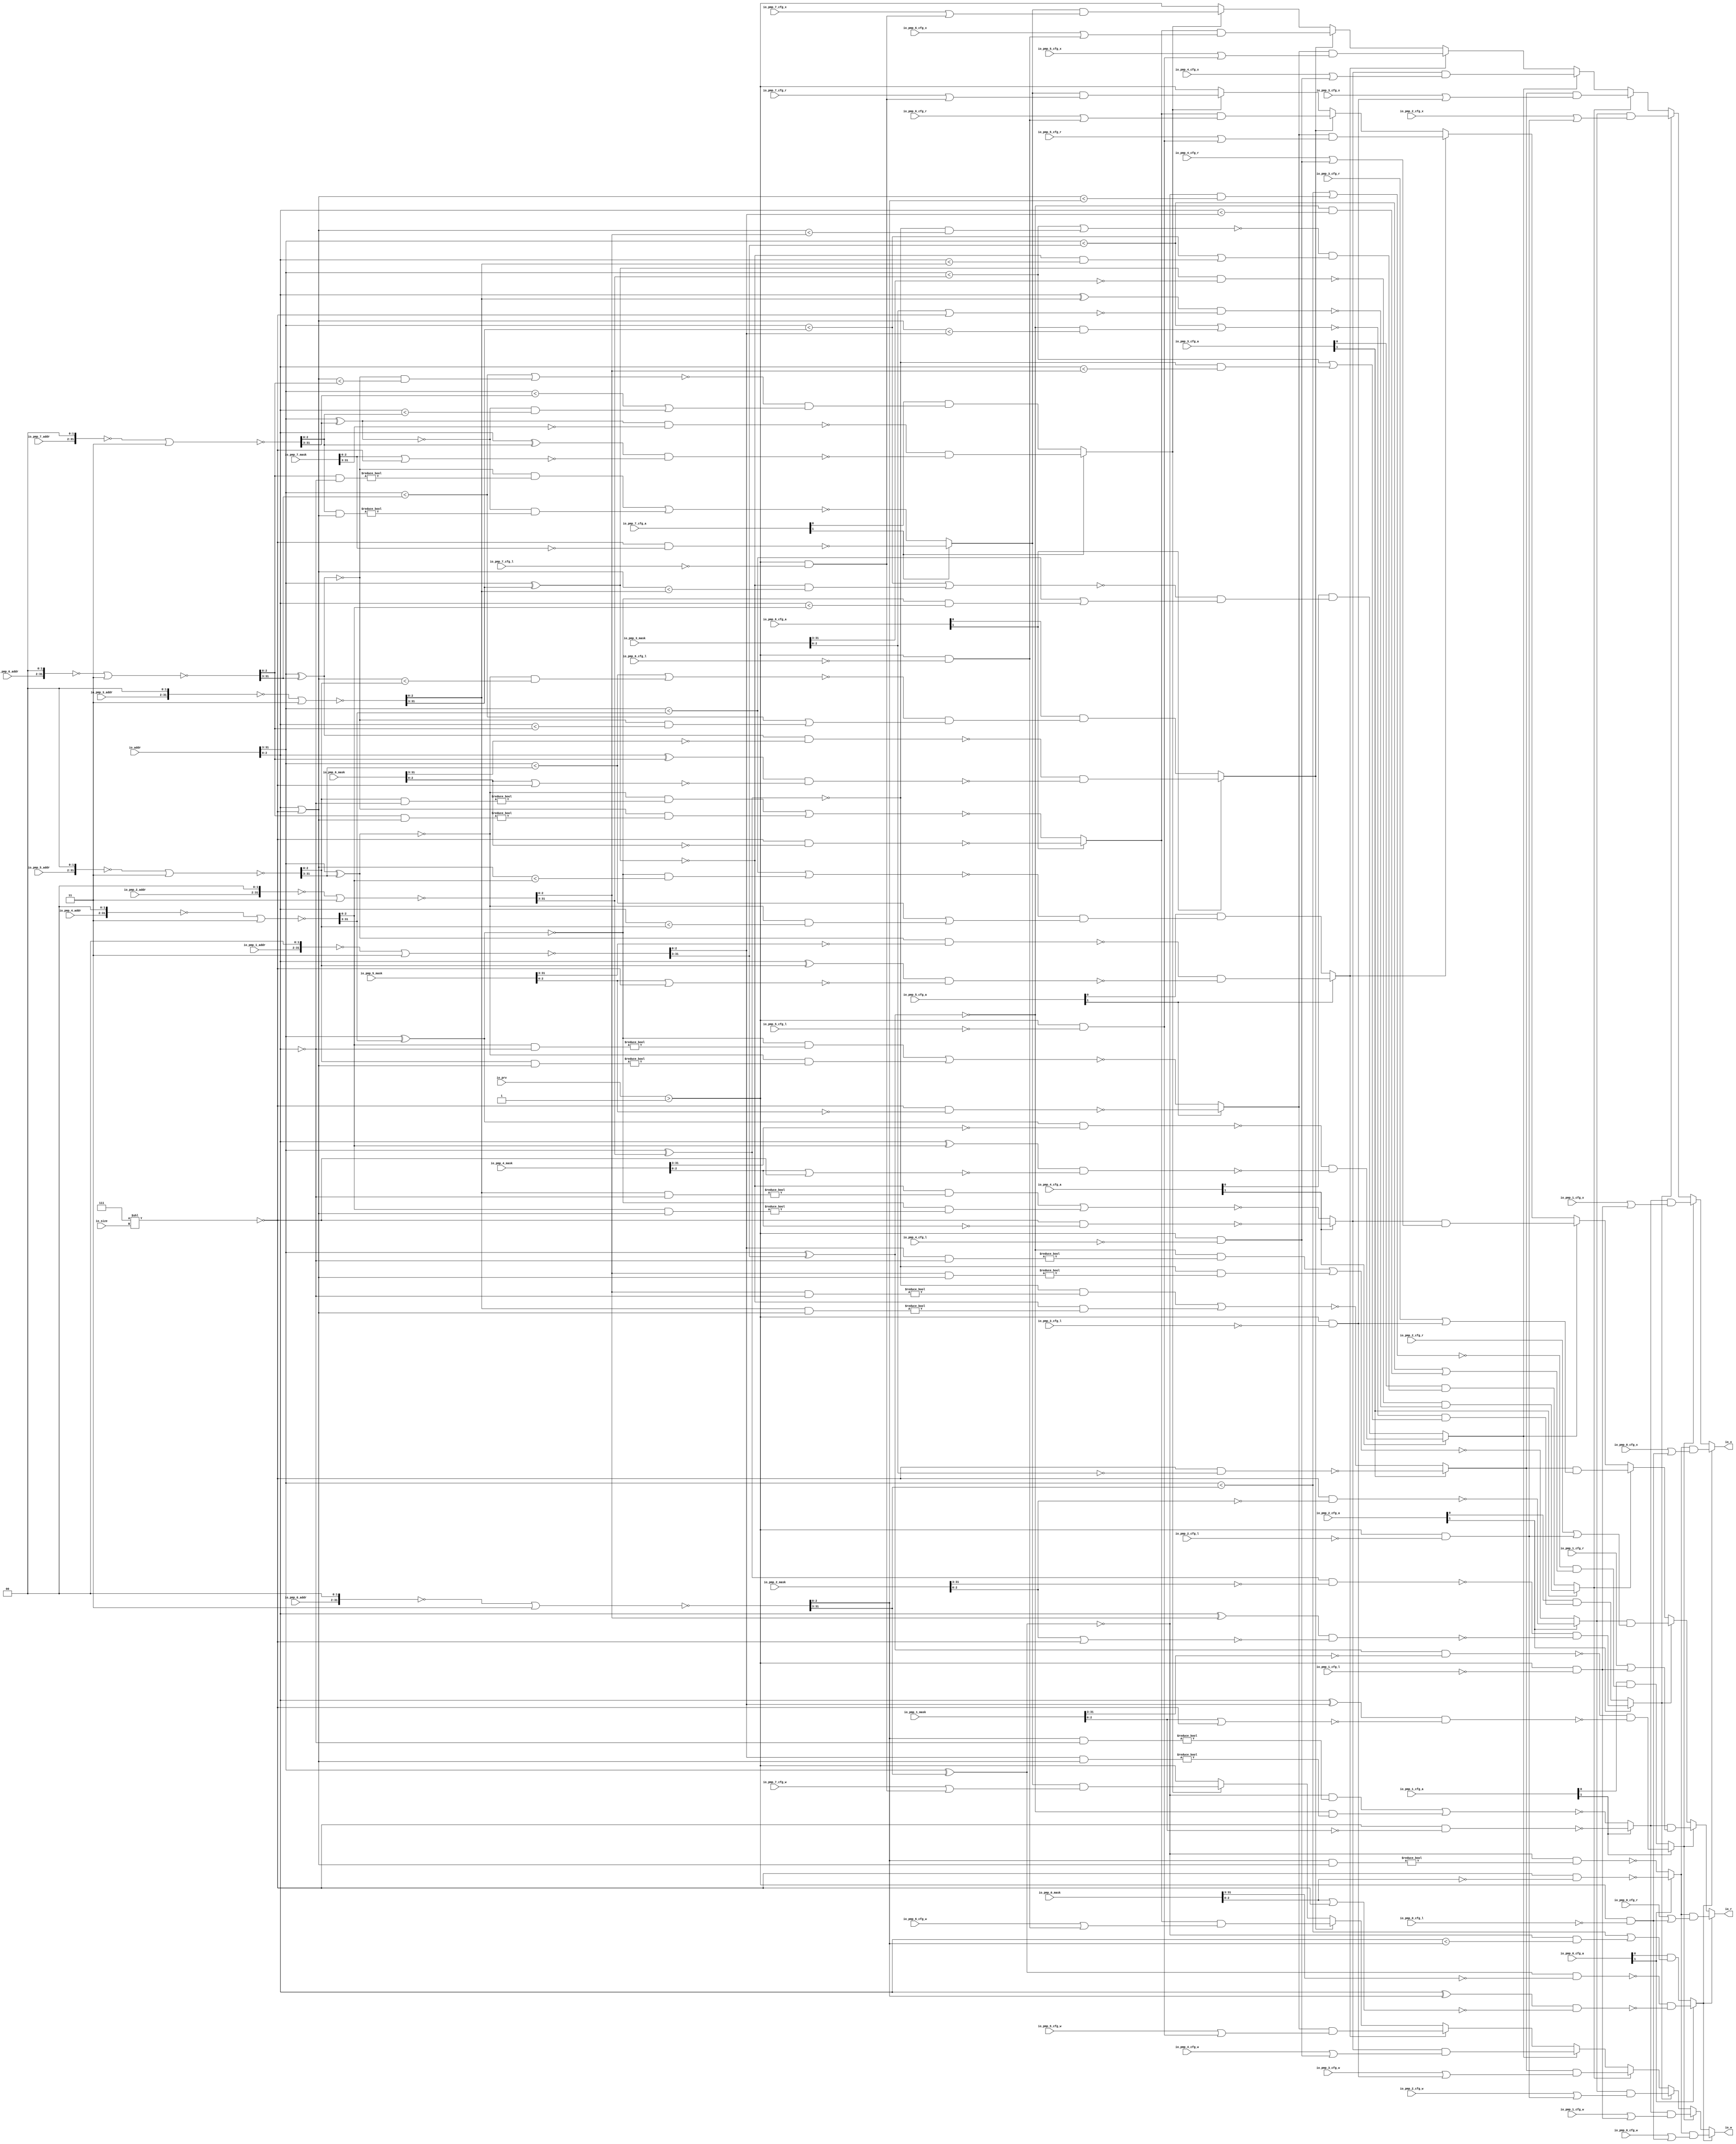
module PMPChecker(
  input  [1:0]  io_prv,
  input         io_pmp_0_cfg_l,
  input  [1:0]  io_pmp_0_cfg_a,
  input         io_pmp_0_cfg_x,
  input         io_pmp_0_cfg_w,
  input         io_pmp_0_cfg_r,
  input  [29:0] io_pmp_0_addr,
  input  [31:0] io_pmp_0_mask,
  input         io_pmp_1_cfg_l,
  input  [1:0]  io_pmp_1_cfg_a,
  input         io_pmp_1_cfg_x,
  input         io_pmp_1_cfg_w,
  input         io_pmp_1_cfg_r,
  input  [29:0] io_pmp_1_addr,
  input  [31:0] io_pmp_1_mask,
  input         io_pmp_2_cfg_l,
  input  [1:0]  io_pmp_2_cfg_a,
  input         io_pmp_2_cfg_x,
  input         io_pmp_2_cfg_w,
  input         io_pmp_2_cfg_r,
  input  [29:0] io_pmp_2_addr,
  input  [31:0] io_pmp_2_mask,
  input         io_pmp_3_cfg_l,
  input  [1:0]  io_pmp_3_cfg_a,
  input         io_pmp_3_cfg_x,
  input         io_pmp_3_cfg_w,
  input         io_pmp_3_cfg_r,
  input  [29:0] io_pmp_3_addr,
  input  [31:0] io_pmp_3_mask,
  input         io_pmp_4_cfg_l,
  input  [1:0]  io_pmp_4_cfg_a,
  input         io_pmp_4_cfg_x,
  input         io_pmp_4_cfg_w,
  input         io_pmp_4_cfg_r,
  input  [29:0] io_pmp_4_addr,
  input  [31:0] io_pmp_4_mask,
  input         io_pmp_5_cfg_l,
  input  [1:0]  io_pmp_5_cfg_a,
  input         io_pmp_5_cfg_x,
  input         io_pmp_5_cfg_w,
  input         io_pmp_5_cfg_r,
  input  [29:0] io_pmp_5_addr,
  input  [31:0] io_pmp_5_mask,
  input         io_pmp_6_cfg_l,
  input  [1:0]  io_pmp_6_cfg_a,
  input         io_pmp_6_cfg_x,
  input         io_pmp_6_cfg_w,
  input         io_pmp_6_cfg_r,
  input  [29:0] io_pmp_6_addr,
  input  [31:0] io_pmp_6_mask,
  input         io_pmp_7_cfg_l,
  input  [1:0]  io_pmp_7_cfg_a,
  input         io_pmp_7_cfg_x,
  input         io_pmp_7_cfg_w,
  input         io_pmp_7_cfg_r,
  input  [29:0] io_pmp_7_addr,
  input  [31:0] io_pmp_7_mask,
  input  [31:0] io_addr,
  input  [1:0]  io_size,
  output        io_r,
  output        io_w,
  output        io_x
);
  wire  default_ = io_prv > 2'h1; // @[PMP.scala 157:56]
  wire [5:0] _res_hit_lsbMask_T_1 = 6'h7 << io_size; // @[package.scala 212:77]
  wire [2:0] _res_hit_lsbMask_T_3 = ~(_res_hit_lsbMask_T_1[2:0]); // @[package.scala 212:46]
  wire [31:0] _GEN_0 = {{29'd0}, _res_hit_lsbMask_T_3}; // @[PMP.scala 70:26]
  wire [31:0] res_hit_lsbMask = io_pmp_7_mask | _GEN_0; // @[PMP.scala 70:26]
  wire [31:0] _res_hit_msbMatch_T_1 = {io_pmp_7_addr, 2'h0}; // @[PMP.scala 62:36]
  wire [31:0] _res_hit_msbMatch_T_2 = ~_res_hit_msbMatch_T_1; // @[PMP.scala 62:29]
  wire [31:0] _res_hit_msbMatch_T_3 = _res_hit_msbMatch_T_2 | 32'h3; // @[PMP.scala 62:48]
  wire [31:0] _res_hit_msbMatch_T_4 = ~_res_hit_msbMatch_T_3; // @[PMP.scala 62:27]
  wire [28:0] _res_hit_msbMatch_T_7 = (io_addr[31:3]) ^ (_res_hit_msbMatch_T_4[31:3]); // @[PMP.scala 65:47]
  wire [28:0] _res_hit_msbMatch_T_8 = ~(io_pmp_7_mask[31:3]); // @[PMP.scala 65:54]
  wire [28:0] _res_hit_msbMatch_T_9 = _res_hit_msbMatch_T_7 & _res_hit_msbMatch_T_8; // @[PMP.scala 65:52]
  wire  res_hit_msbMatch = _res_hit_msbMatch_T_9 == 29'h0; // @[PMP.scala 65:58]
  wire [2:0] _res_hit_lsbMatch_T_7 = (io_addr[2:0]) ^ (_res_hit_msbMatch_T_4[2:0]); // @[PMP.scala 65:47]
  wire [2:0] _res_hit_lsbMatch_T_8 = ~(res_hit_lsbMask[2:0]); // @[PMP.scala 65:54]
  wire [2:0] _res_hit_lsbMatch_T_9 = _res_hit_lsbMatch_T_7 & _res_hit_lsbMatch_T_8; // @[PMP.scala 65:52]
  wire  res_hit_lsbMatch = _res_hit_lsbMatch_T_9 == 3'h0; // @[PMP.scala 65:58]
  wire  _res_hit_T_1 = res_hit_msbMatch & res_hit_lsbMatch; // @[PMP.scala 73:16]
  wire [31:0] _res_hit_msbsLess_T_1 = {io_pmp_6_addr, 2'h0}; // @[PMP.scala 62:36]
  wire [31:0] _res_hit_msbsLess_T_2 = ~_res_hit_msbsLess_T_1; // @[PMP.scala 62:29]
  wire [31:0] _res_hit_msbsLess_T_3 = _res_hit_msbsLess_T_2 | 32'h3; // @[PMP.scala 62:48]
  wire [31:0] _res_hit_msbsLess_T_4 = ~_res_hit_msbsLess_T_3; // @[PMP.scala 62:27]
  wire  res_hit_msbsLess = (io_addr[31:3]) < (_res_hit_msbsLess_T_4[31:3]); // @[PMP.scala 82:39]
  wire [28:0] _res_hit_msbsEqual_T_6 = (io_addr[31:3]) ^ (_res_hit_msbsLess_T_4[31:3]); // @[PMP.scala 83:41]
  wire  res_hit_msbsEqual = _res_hit_msbsEqual_T_6 == 29'h0; // @[PMP.scala 83:69]
  wire [2:0] _res_hit_lsbsLess_T_1 = (io_addr[2:0]) | _res_hit_lsbMask_T_3; // @[PMP.scala 84:42]
  wire  res_hit_lsbsLess = _res_hit_lsbsLess_T_1 < (_res_hit_msbsLess_T_4[2:0]); // @[PMP.scala 84:53]
  wire  _res_hit_T_8 = res_hit_msbsLess | (res_hit_msbsEqual & res_hit_lsbsLess); // @[PMP.scala 85:16]
  wire  _res_hit_T_9 = ~_res_hit_T_8; // @[PMP.scala 90:5]
  wire  res_hit_msbsLess_1 = (io_addr[31:3]) < (_res_hit_msbMatch_T_4[31:3]); // @[PMP.scala 82:39]
  wire  res_hit_msbsEqual_1 = _res_hit_msbMatch_T_7 == 29'h0; // @[PMP.scala 83:69]
  wire  res_hit_lsbsLess_1 = (io_addr[2:0]) < (_res_hit_msbMatch_T_4[2:0]); // @[PMP.scala 84:53]
  wire  _res_hit_T_11 = res_hit_msbsLess_1 | (res_hit_msbsEqual_1 & res_hit_lsbsLess_1); // @[PMP.scala 85:16]
  wire  _res_hit_T_12 = _res_hit_T_9 & _res_hit_T_11; // @[PMP.scala 96:48]
  wire  res_hit = io_pmp_7_cfg_a[1] ? _res_hit_T_1 : (io_pmp_7_cfg_a[0]) & _res_hit_T_12; // @[PMP.scala 134:8]
  wire  res_ignore = default_ & (~io_pmp_7_cfg_l); // @[PMP.scala 165:26]
  wire [2:0] _res_aligned_straddlesLowerBound_T_14 = ~(io_addr[2:0]); // @[PMP.scala 125:125]
  wire [2:0] _res_aligned_straddlesLowerBound_T_15 = (_res_hit_msbsLess_T_4[2:0]) &
    _res_aligned_straddlesLowerBound_T_14; // @[PMP.scala 125:123]
  wire  res_aligned_straddlesLowerBound = res_hit_msbsEqual & (_res_aligned_straddlesLowerBound_T_15 != 3'h0); // @[PMP.scala 125:88]
  wire [2:0] _res_aligned_straddlesUpperBound_T_15 = (_res_hit_msbMatch_T_4[2:0]) & _res_hit_lsbsLess_T_1; // @[PMP.scala 126:113]
  wire  res_aligned_straddlesUpperBound = res_hit_msbsEqual_1 & (_res_aligned_straddlesUpperBound_T_15 != 3'h0); // @[PMP.scala 126:83]
  wire  res_aligned_rangeAligned = ~(res_aligned_straddlesLowerBound | res_aligned_straddlesUpperBound); // @[PMP.scala 127:24]
  wire [2:0] _res_aligned_pow2Aligned_T_1 = ~(io_pmp_7_mask[2:0]); // @[PMP.scala 128:34]
  wire [2:0] _res_aligned_pow2Aligned_T_2 = _res_hit_lsbMask_T_3 & _res_aligned_pow2Aligned_T_1; // @[PMP.scala 128:32]
  wire  res_aligned_pow2Aligned = _res_aligned_pow2Aligned_T_2 == 3'h0; // @[PMP.scala 128:57]
  wire  res_aligned = io_pmp_7_cfg_a[1] ? res_aligned_pow2Aligned : res_aligned_rangeAligned; // @[PMP.scala 129:8]
  wire  res_cur_cfg_r = res_aligned & (io_pmp_7_cfg_r | res_ignore); // @[PMP.scala 183:26]
  wire  res_cur_cfg_w = res_aligned & (io_pmp_7_cfg_w | res_ignore); // @[PMP.scala 184:26]
  wire  res_cur_cfg_x = res_aligned & (io_pmp_7_cfg_x | res_ignore); // @[PMP.scala 185:26]
  wire  _res_T_44_cfg_x = res_hit ? res_cur_cfg_x : default_; // @[PMP.scala 186:8]
  wire  _res_T_44_cfg_w = res_hit ? res_cur_cfg_w : default_; // @[PMP.scala 186:8]
  wire  _res_T_44_cfg_r = res_hit ? res_cur_cfg_r : default_; // @[PMP.scala 186:8]
  wire [31:0] res_hit_lsbMask_1 = io_pmp_6_mask | _GEN_0; // @[PMP.scala 70:26]
  wire [28:0] _res_hit_msbMatch_T_18 = ~(io_pmp_6_mask[31:3]); // @[PMP.scala 65:54]
  wire [28:0] _res_hit_msbMatch_T_19 = _res_hit_msbsEqual_T_6 & _res_hit_msbMatch_T_18; // @[PMP.scala 65:52]
  wire  res_hit_msbMatch_1 = _res_hit_msbMatch_T_19 == 29'h0; // @[PMP.scala 65:58]
  wire [2:0] _res_hit_lsbMatch_T_17 = (io_addr[2:0]) ^ (_res_hit_msbsLess_T_4[2:0]); // @[PMP.scala 65:47]
  wire [2:0] _res_hit_lsbMatch_T_18 = ~(res_hit_lsbMask_1[2:0]); // @[PMP.scala 65:54]
  wire [2:0] _res_hit_lsbMatch_T_19 = _res_hit_lsbMatch_T_17 & _res_hit_lsbMatch_T_18; // @[PMP.scala 65:52]
  wire  res_hit_lsbMatch_1 = _res_hit_lsbMatch_T_19 == 3'h0; // @[PMP.scala 65:58]
  wire  _res_hit_T_15 = res_hit_msbMatch_1 & res_hit_lsbMatch_1; // @[PMP.scala 73:16]
  wire [31:0] _res_hit_msbsLess_T_13 = {io_pmp_5_addr, 2'h0}; // @[PMP.scala 62:36]
  wire [31:0] _res_hit_msbsLess_T_14 = ~_res_hit_msbsLess_T_13; // @[PMP.scala 62:29]
  wire [31:0] _res_hit_msbsLess_T_15 = _res_hit_msbsLess_T_14 | 32'h3; // @[PMP.scala 62:48]
  wire [31:0] _res_hit_msbsLess_T_16 = ~_res_hit_msbsLess_T_15; // @[PMP.scala 62:27]
  wire  res_hit_msbsLess_2 = (io_addr[31:3]) < (_res_hit_msbsLess_T_16[31:3]); // @[PMP.scala 82:39]
  wire [28:0] _res_hit_msbsEqual_T_20 = (io_addr[31:3]) ^ (_res_hit_msbsLess_T_16[31:3]); // @[PMP.scala 83:41]
  wire  res_hit_msbsEqual_2 = _res_hit_msbsEqual_T_20 == 29'h0; // @[PMP.scala 83:69]
  wire  res_hit_lsbsLess_2 = _res_hit_lsbsLess_T_1 < (_res_hit_msbsLess_T_16[2:0]); // @[PMP.scala 84:53]
  wire  _res_hit_T_22 = res_hit_msbsLess_2 | (res_hit_msbsEqual_2 & res_hit_lsbsLess_2); // @[PMP.scala 85:16]
  wire  _res_hit_T_23 = ~_res_hit_T_22; // @[PMP.scala 90:5]
  wire  res_hit_lsbsLess_3 = (io_addr[2:0]) < (_res_hit_msbsLess_T_4[2:0]); // @[PMP.scala 84:53]
  wire  _res_hit_T_25 = res_hit_msbsLess | (res_hit_msbsEqual & res_hit_lsbsLess_3); // @[PMP.scala 85:16]
  wire  _res_hit_T_26 = _res_hit_T_23 & _res_hit_T_25; // @[PMP.scala 96:48]
  wire  res_hit_1 = io_pmp_6_cfg_a[1] ? _res_hit_T_15 : (io_pmp_6_cfg_a[0]) & _res_hit_T_26; // @[PMP.scala 134:8]
  wire  res_ignore_1 = default_ & (~io_pmp_6_cfg_l); // @[PMP.scala 165:26]
  wire [2:0] _res_aligned_straddlesLowerBound_T_32 = (_res_hit_msbsLess_T_16[2:0]) &
    _res_aligned_straddlesLowerBound_T_14; // @[PMP.scala 125:123]
  wire  res_aligned_straddlesLowerBound_1 = res_hit_msbsEqual_2 & (_res_aligned_straddlesLowerBound_T_32 != 3'h0); // @[PMP.scala 125:88]
  wire [2:0] _res_aligned_straddlesUpperBound_T_32 = (_res_hit_msbsLess_T_4[2:0]) & _res_hit_lsbsLess_T_1; // @[PMP.scala 126:113]
  wire  res_aligned_straddlesUpperBound_1 = res_hit_msbsEqual & (_res_aligned_straddlesUpperBound_T_32 != 3'h0); // @[PMP.scala 126:83]
  wire  res_aligned_rangeAligned_1 = ~(res_aligned_straddlesLowerBound_1 | res_aligned_straddlesUpperBound_1); // @[PMP.scala 127:24]
  wire [2:0] _res_aligned_pow2Aligned_T_4 = ~(io_pmp_6_mask[2:0]); // @[PMP.scala 128:34]
  wire [2:0] _res_aligned_pow2Aligned_T_5 = _res_hit_lsbMask_T_3 & _res_aligned_pow2Aligned_T_4; // @[PMP.scala 128:32]
  wire  res_aligned_pow2Aligned_1 = _res_aligned_pow2Aligned_T_5 == 3'h0; // @[PMP.scala 128:57]
  wire  res_aligned_1 = io_pmp_6_cfg_a[1] ? res_aligned_pow2Aligned_1 : res_aligned_rangeAligned_1; // @[PMP.scala 129:8]
  wire  res_cur_1_cfg_r = res_aligned_1 & (io_pmp_6_cfg_r | res_ignore_1); // @[PMP.scala 183:26]
  wire  res_cur_1_cfg_w = res_aligned_1 & (io_pmp_6_cfg_w | res_ignore_1); // @[PMP.scala 184:26]
  wire  res_cur_1_cfg_x = res_aligned_1 & (io_pmp_6_cfg_x | res_ignore_1); // @[PMP.scala 185:26]
  wire  _res_T_89_cfg_x = res_hit_1 ? res_cur_1_cfg_x : _res_T_44_cfg_x; // @[PMP.scala 186:8]
  wire  _res_T_89_cfg_w = res_hit_1 ? res_cur_1_cfg_w : _res_T_44_cfg_w; // @[PMP.scala 186:8]
  wire  _res_T_89_cfg_r = res_hit_1 ? res_cur_1_cfg_r : _res_T_44_cfg_r; // @[PMP.scala 186:8]
  wire [31:0] res_hit_lsbMask_2 = io_pmp_5_mask | _GEN_0; // @[PMP.scala 70:26]
  wire [28:0] _res_hit_msbMatch_T_28 = ~(io_pmp_5_mask[31:3]); // @[PMP.scala 65:54]
  wire [28:0] _res_hit_msbMatch_T_29 = _res_hit_msbsEqual_T_20 & _res_hit_msbMatch_T_28; // @[PMP.scala 65:52]
  wire  res_hit_msbMatch_2 = _res_hit_msbMatch_T_29 == 29'h0; // @[PMP.scala 65:58]
  wire [2:0] _res_hit_lsbMatch_T_27 = (io_addr[2:0]) ^ (_res_hit_msbsLess_T_16[2:0]); // @[PMP.scala 65:47]
  wire [2:0] _res_hit_lsbMatch_T_28 = ~(res_hit_lsbMask_2[2:0]); // @[PMP.scala 65:54]
  wire [2:0] _res_hit_lsbMatch_T_29 = _res_hit_lsbMatch_T_27 & _res_hit_lsbMatch_T_28; // @[PMP.scala 65:52]
  wire  res_hit_lsbMatch_2 = _res_hit_lsbMatch_T_29 == 3'h0; // @[PMP.scala 65:58]
  wire  _res_hit_T_29 = res_hit_msbMatch_2 & res_hit_lsbMatch_2; // @[PMP.scala 73:16]
  wire [31:0] _res_hit_msbsLess_T_25 = {io_pmp_4_addr, 2'h0}; // @[PMP.scala 62:36]
  wire [31:0] _res_hit_msbsLess_T_26 = ~_res_hit_msbsLess_T_25; // @[PMP.scala 62:29]
  wire [31:0] _res_hit_msbsLess_T_27 = _res_hit_msbsLess_T_26 | 32'h3; // @[PMP.scala 62:48]
  wire [31:0] _res_hit_msbsLess_T_28 = ~_res_hit_msbsLess_T_27; // @[PMP.scala 62:27]
  wire  res_hit_msbsLess_4 = (io_addr[31:3]) < (_res_hit_msbsLess_T_28[31:3]); // @[PMP.scala 82:39]
  wire [28:0] _res_hit_msbsEqual_T_34 = (io_addr[31:3]) ^ (_res_hit_msbsLess_T_28[31:3]); // @[PMP.scala 83:41]
  wire  res_hit_msbsEqual_4 = _res_hit_msbsEqual_T_34 == 29'h0; // @[PMP.scala 83:69]
  wire  res_hit_lsbsLess_4 = _res_hit_lsbsLess_T_1 < (_res_hit_msbsLess_T_28[2:0]); // @[PMP.scala 84:53]
  wire  _res_hit_T_36 = res_hit_msbsLess_4 | (res_hit_msbsEqual_4 & res_hit_lsbsLess_4); // @[PMP.scala 85:16]
  wire  _res_hit_T_37 = ~_res_hit_T_36; // @[PMP.scala 90:5]
  wire  res_hit_lsbsLess_5 = (io_addr[2:0]) < (_res_hit_msbsLess_T_16[2:0]); // @[PMP.scala 84:53]
  wire  _res_hit_T_39 = res_hit_msbsLess_2 | (res_hit_msbsEqual_2 & res_hit_lsbsLess_5); // @[PMP.scala 85:16]
  wire  _res_hit_T_40 = _res_hit_T_37 & _res_hit_T_39; // @[PMP.scala 96:48]
  wire  res_hit_2 = io_pmp_5_cfg_a[1] ? _res_hit_T_29 : (io_pmp_5_cfg_a[0]) & _res_hit_T_40; // @[PMP.scala 134:8]
  wire  res_ignore_2 = default_ & (~io_pmp_5_cfg_l); // @[PMP.scala 165:26]
  wire [2:0] _res_aligned_straddlesLowerBound_T_49 = (_res_hit_msbsLess_T_28[2:0]) &
    _res_aligned_straddlesLowerBound_T_14; // @[PMP.scala 125:123]
  wire  res_aligned_straddlesLowerBound_2 = res_hit_msbsEqual_4 & (_res_aligned_straddlesLowerBound_T_49 != 3'h0); // @[PMP.scala 125:88]
  wire [2:0] _res_aligned_straddlesUpperBound_T_49 = (_res_hit_msbsLess_T_16[2:0]) & _res_hit_lsbsLess_T_1; // @[PMP.scala 126:113]
  wire  res_aligned_straddlesUpperBound_2 = res_hit_msbsEqual_2 & (_res_aligned_straddlesUpperBound_T_49 != 3'h0); // @[PMP.scala 126:83]
  wire  res_aligned_rangeAligned_2 = ~(res_aligned_straddlesLowerBound_2 | res_aligned_straddlesUpperBound_2); // @[PMP.scala 127:24]
  wire [2:0] _res_aligned_pow2Aligned_T_7 = ~(io_pmp_5_mask[2:0]); // @[PMP.scala 128:34]
  wire [2:0] _res_aligned_pow2Aligned_T_8 = _res_hit_lsbMask_T_3 & _res_aligned_pow2Aligned_T_7; // @[PMP.scala 128:32]
  wire  res_aligned_pow2Aligned_2 = _res_aligned_pow2Aligned_T_8 == 3'h0; // @[PMP.scala 128:57]
  wire  res_aligned_2 = io_pmp_5_cfg_a[1] ? res_aligned_pow2Aligned_2 : res_aligned_rangeAligned_2; // @[PMP.scala 129:8]
  wire  res_cur_2_cfg_r = res_aligned_2 & (io_pmp_5_cfg_r | res_ignore_2); // @[PMP.scala 183:26]
  wire  res_cur_2_cfg_w = res_aligned_2 & (io_pmp_5_cfg_w | res_ignore_2); // @[PMP.scala 184:26]
  wire  res_cur_2_cfg_x = res_aligned_2 & (io_pmp_5_cfg_x | res_ignore_2); // @[PMP.scala 185:26]
  wire  _res_T_134_cfg_x = res_hit_2 ? res_cur_2_cfg_x : _res_T_89_cfg_x; // @[PMP.scala 186:8]
  wire  _res_T_134_cfg_w = res_hit_2 ? res_cur_2_cfg_w : _res_T_89_cfg_w; // @[PMP.scala 186:8]
  wire  _res_T_134_cfg_r = res_hit_2 ? res_cur_2_cfg_r : _res_T_89_cfg_r; // @[PMP.scala 186:8]
  wire [31:0] res_hit_lsbMask_3 = io_pmp_4_mask | _GEN_0; // @[PMP.scala 70:26]
  wire [28:0] _res_hit_msbMatch_T_38 = ~(io_pmp_4_mask[31:3]); // @[PMP.scala 65:54]
  wire [28:0] _res_hit_msbMatch_T_39 = _res_hit_msbsEqual_T_34 & _res_hit_msbMatch_T_38; // @[PMP.scala 65:52]
  wire  res_hit_msbMatch_3 = _res_hit_msbMatch_T_39 == 29'h0; // @[PMP.scala 65:58]
  wire [2:0] _res_hit_lsbMatch_T_37 = (io_addr[2:0]) ^ (_res_hit_msbsLess_T_28[2:0]); // @[PMP.scala 65:47]
  wire [2:0] _res_hit_lsbMatch_T_38 = ~(res_hit_lsbMask_3[2:0]); // @[PMP.scala 65:54]
  wire [2:0] _res_hit_lsbMatch_T_39 = _res_hit_lsbMatch_T_37 & _res_hit_lsbMatch_T_38; // @[PMP.scala 65:52]
  wire  res_hit_lsbMatch_3 = _res_hit_lsbMatch_T_39 == 3'h0; // @[PMP.scala 65:58]
  wire  _res_hit_T_43 = res_hit_msbMatch_3 & res_hit_lsbMatch_3; // @[PMP.scala 73:16]
  wire [31:0] _res_hit_msbsLess_T_37 = {io_pmp_3_addr, 2'h0}; // @[PMP.scala 62:36]
  wire [31:0] _res_hit_msbsLess_T_38 = ~_res_hit_msbsLess_T_37; // @[PMP.scala 62:29]
  wire [31:0] _res_hit_msbsLess_T_39 = _res_hit_msbsLess_T_38 | 32'h3; // @[PMP.scala 62:48]
  wire [31:0] _res_hit_msbsLess_T_40 = ~_res_hit_msbsLess_T_39; // @[PMP.scala 62:27]
  wire  res_hit_msbsLess_6 = (io_addr[31:3]) < (_res_hit_msbsLess_T_40[31:3]); // @[PMP.scala 82:39]
  wire [28:0] _res_hit_msbsEqual_T_48 = (io_addr[31:3]) ^ (_res_hit_msbsLess_T_40[31:3]); // @[PMP.scala 83:41]
  wire  res_hit_msbsEqual_6 = _res_hit_msbsEqual_T_48 == 29'h0; // @[PMP.scala 83:69]
  wire  res_hit_lsbsLess_6 = _res_hit_lsbsLess_T_1 < (_res_hit_msbsLess_T_40[2:0]); // @[PMP.scala 84:53]
  wire  _res_hit_T_50 = res_hit_msbsLess_6 | (res_hit_msbsEqual_6 & res_hit_lsbsLess_6); // @[PMP.scala 85:16]
  wire  _res_hit_T_51 = ~_res_hit_T_50; // @[PMP.scala 90:5]
  wire  res_hit_lsbsLess_7 = (io_addr[2:0]) < (_res_hit_msbsLess_T_28[2:0]); // @[PMP.scala 84:53]
  wire  _res_hit_T_53 = res_hit_msbsLess_4 | (res_hit_msbsEqual_4 & res_hit_lsbsLess_7); // @[PMP.scala 85:16]
  wire  _res_hit_T_54 = _res_hit_T_51 & _res_hit_T_53; // @[PMP.scala 96:48]
  wire  res_hit_3 = io_pmp_4_cfg_a[1] ? _res_hit_T_43 : (io_pmp_4_cfg_a[0]) & _res_hit_T_54; // @[PMP.scala 134:8]
  wire  res_ignore_3 = default_ & (~io_pmp_4_cfg_l); // @[PMP.scala 165:26]
  wire [2:0] _res_aligned_straddlesLowerBound_T_66 = (_res_hit_msbsLess_T_40[2:0]) &
    _res_aligned_straddlesLowerBound_T_14; // @[PMP.scala 125:123]
  wire  res_aligned_straddlesLowerBound_3 = res_hit_msbsEqual_6 & (_res_aligned_straddlesLowerBound_T_66 != 3'h0); // @[PMP.scala 125:88]
  wire [2:0] _res_aligned_straddlesUpperBound_T_66 = (_res_hit_msbsLess_T_28[2:0]) & _res_hit_lsbsLess_T_1; // @[PMP.scala 126:113]
  wire  res_aligned_straddlesUpperBound_3 = res_hit_msbsEqual_4 & (_res_aligned_straddlesUpperBound_T_66 != 3'h0); // @[PMP.scala 126:83]
  wire  res_aligned_rangeAligned_3 = ~(res_aligned_straddlesLowerBound_3 | res_aligned_straddlesUpperBound_3); // @[PMP.scala 127:24]
  wire [2:0] _res_aligned_pow2Aligned_T_10 = ~(io_pmp_4_mask[2:0]); // @[PMP.scala 128:34]
  wire [2:0] _res_aligned_pow2Aligned_T_11 = _res_hit_lsbMask_T_3 & _res_aligned_pow2Aligned_T_10; // @[PMP.scala 128:32]
  wire  res_aligned_pow2Aligned_3 = _res_aligned_pow2Aligned_T_11 == 3'h0; // @[PMP.scala 128:57]
  wire  res_aligned_3 = io_pmp_4_cfg_a[1] ? res_aligned_pow2Aligned_3 : res_aligned_rangeAligned_3; // @[PMP.scala 129:8]
  wire  res_cur_3_cfg_r = res_aligned_3 & (io_pmp_4_cfg_r | res_ignore_3); // @[PMP.scala 183:26]
  wire  res_cur_3_cfg_w = res_aligned_3 & (io_pmp_4_cfg_w | res_ignore_3); // @[PMP.scala 184:26]
  wire  res_cur_3_cfg_x = res_aligned_3 & (io_pmp_4_cfg_x | res_ignore_3); // @[PMP.scala 185:26]
  wire  _res_T_179_cfg_x = res_hit_3 ? res_cur_3_cfg_x : _res_T_134_cfg_x; // @[PMP.scala 186:8]
  wire  _res_T_179_cfg_w = res_hit_3 ? res_cur_3_cfg_w : _res_T_134_cfg_w; // @[PMP.scala 186:8]
  wire  _res_T_179_cfg_r = res_hit_3 ? res_cur_3_cfg_r : _res_T_134_cfg_r; // @[PMP.scala 186:8]
  wire [31:0] res_hit_lsbMask_4 = io_pmp_3_mask | _GEN_0; // @[PMP.scala 70:26]
  wire [28:0] _res_hit_msbMatch_T_48 = ~(io_pmp_3_mask[31:3]); // @[PMP.scala 65:54]
  wire [28:0] _res_hit_msbMatch_T_49 = _res_hit_msbsEqual_T_48 & _res_hit_msbMatch_T_48; // @[PMP.scala 65:52]
  wire  res_hit_msbMatch_4 = _res_hit_msbMatch_T_49 == 29'h0; // @[PMP.scala 65:58]
  wire [2:0] _res_hit_lsbMatch_T_47 = (io_addr[2:0]) ^ (_res_hit_msbsLess_T_40[2:0]); // @[PMP.scala 65:47]
  wire [2:0] _res_hit_lsbMatch_T_48 = ~(res_hit_lsbMask_4[2:0]); // @[PMP.scala 65:54]
  wire [2:0] _res_hit_lsbMatch_T_49 = _res_hit_lsbMatch_T_47 & _res_hit_lsbMatch_T_48; // @[PMP.scala 65:52]
  wire  res_hit_lsbMatch_4 = _res_hit_lsbMatch_T_49 == 3'h0; // @[PMP.scala 65:58]
  wire  _res_hit_T_57 = res_hit_msbMatch_4 & res_hit_lsbMatch_4; // @[PMP.scala 73:16]
  wire [31:0] _res_hit_msbsLess_T_49 = {io_pmp_2_addr, 2'h0}; // @[PMP.scala 62:36]
  wire [31:0] _res_hit_msbsLess_T_50 = ~_res_hit_msbsLess_T_49; // @[PMP.scala 62:29]
  wire [31:0] _res_hit_msbsLess_T_51 = _res_hit_msbsLess_T_50 | 32'h3; // @[PMP.scala 62:48]
  wire [31:0] _res_hit_msbsLess_T_52 = ~_res_hit_msbsLess_T_51; // @[PMP.scala 62:27]
  wire  res_hit_msbsLess_8 = (io_addr[31:3]) < (_res_hit_msbsLess_T_52[31:3]); // @[PMP.scala 82:39]
  wire [28:0] _res_hit_msbsEqual_T_62 = (io_addr[31:3]) ^ (_res_hit_msbsLess_T_52[31:3]); // @[PMP.scala 83:41]
  wire  res_hit_msbsEqual_8 = _res_hit_msbsEqual_T_62 == 29'h0; // @[PMP.scala 83:69]
  wire  res_hit_lsbsLess_8 = _res_hit_lsbsLess_T_1 < (_res_hit_msbsLess_T_52[2:0]); // @[PMP.scala 84:53]
  wire  _res_hit_T_64 = res_hit_msbsLess_8 | (res_hit_msbsEqual_8 & res_hit_lsbsLess_8); // @[PMP.scala 85:16]
  wire  _res_hit_T_65 = ~_res_hit_T_64; // @[PMP.scala 90:5]
  wire  res_hit_lsbsLess_9 = (io_addr[2:0]) < (_res_hit_msbsLess_T_40[2:0]); // @[PMP.scala 84:53]
  wire  _res_hit_T_67 = res_hit_msbsLess_6 | (res_hit_msbsEqual_6 & res_hit_lsbsLess_9); // @[PMP.scala 85:16]
  wire  _res_hit_T_68 = _res_hit_T_65 & _res_hit_T_67; // @[PMP.scala 96:48]
  wire  res_hit_4 = io_pmp_3_cfg_a[1] ? _res_hit_T_57 : (io_pmp_3_cfg_a[0]) & _res_hit_T_68; // @[PMP.scala 134:8]
  wire  res_ignore_4 = default_ & (~io_pmp_3_cfg_l); // @[PMP.scala 165:26]
  wire [2:0] _res_aligned_straddlesLowerBound_T_83 = (_res_hit_msbsLess_T_52[2:0]) &
    _res_aligned_straddlesLowerBound_T_14; // @[PMP.scala 125:123]
  wire  res_aligned_straddlesLowerBound_4 = res_hit_msbsEqual_8 & (_res_aligned_straddlesLowerBound_T_83 != 3'h0); // @[PMP.scala 125:88]
  wire [2:0] _res_aligned_straddlesUpperBound_T_83 = (_res_hit_msbsLess_T_40[2:0]) & _res_hit_lsbsLess_T_1; // @[PMP.scala 126:113]
  wire  res_aligned_straddlesUpperBound_4 = res_hit_msbsEqual_6 & (_res_aligned_straddlesUpperBound_T_83 != 3'h0); // @[PMP.scala 126:83]
  wire  res_aligned_rangeAligned_4 = ~(res_aligned_straddlesLowerBound_4 | res_aligned_straddlesUpperBound_4); // @[PMP.scala 127:24]
  wire [2:0] _res_aligned_pow2Aligned_T_13 = ~(io_pmp_3_mask[2:0]); // @[PMP.scala 128:34]
  wire [2:0] _res_aligned_pow2Aligned_T_14 = _res_hit_lsbMask_T_3 & _res_aligned_pow2Aligned_T_13; // @[PMP.scala 128:32]
  wire  res_aligned_pow2Aligned_4 = _res_aligned_pow2Aligned_T_14 == 3'h0; // @[PMP.scala 128:57]
  wire  res_aligned_4 = io_pmp_3_cfg_a[1] ? res_aligned_pow2Aligned_4 : res_aligned_rangeAligned_4; // @[PMP.scala 129:8]
  wire  res_cur_4_cfg_r = res_aligned_4 & (io_pmp_3_cfg_r | res_ignore_4); // @[PMP.scala 183:26]
  wire  res_cur_4_cfg_w = res_aligned_4 & (io_pmp_3_cfg_w | res_ignore_4); // @[PMP.scala 184:26]
  wire  res_cur_4_cfg_x = res_aligned_4 & (io_pmp_3_cfg_x | res_ignore_4); // @[PMP.scala 185:26]
  wire  _res_T_224_cfg_x = res_hit_4 ? res_cur_4_cfg_x : _res_T_179_cfg_x; // @[PMP.scala 186:8]
  wire  _res_T_224_cfg_w = res_hit_4 ? res_cur_4_cfg_w : _res_T_179_cfg_w; // @[PMP.scala 186:8]
  wire  _res_T_224_cfg_r = res_hit_4 ? res_cur_4_cfg_r : _res_T_179_cfg_r; // @[PMP.scala 186:8]
  wire [31:0] res_hit_lsbMask_5 = io_pmp_2_mask | _GEN_0; // @[PMP.scala 70:26]
  wire [28:0] _res_hit_msbMatch_T_58 = ~(io_pmp_2_mask[31:3]); // @[PMP.scala 65:54]
  wire [28:0] _res_hit_msbMatch_T_59 = _res_hit_msbsEqual_T_62 & _res_hit_msbMatch_T_58; // @[PMP.scala 65:52]
  wire  res_hit_msbMatch_5 = _res_hit_msbMatch_T_59 == 29'h0; // @[PMP.scala 65:58]
  wire [2:0] _res_hit_lsbMatch_T_57 = (io_addr[2:0]) ^ (_res_hit_msbsLess_T_52[2:0]); // @[PMP.scala 65:47]
  wire [2:0] _res_hit_lsbMatch_T_58 = ~(res_hit_lsbMask_5[2:0]); // @[PMP.scala 65:54]
  wire [2:0] _res_hit_lsbMatch_T_59 = _res_hit_lsbMatch_T_57 & _res_hit_lsbMatch_T_58; // @[PMP.scala 65:52]
  wire  res_hit_lsbMatch_5 = _res_hit_lsbMatch_T_59 == 3'h0; // @[PMP.scala 65:58]
  wire  _res_hit_T_71 = res_hit_msbMatch_5 & res_hit_lsbMatch_5; // @[PMP.scala 73:16]
  wire [31:0] _res_hit_msbsLess_T_61 = {io_pmp_1_addr, 2'h0}; // @[PMP.scala 62:36]
  wire [31:0] _res_hit_msbsLess_T_62 = ~_res_hit_msbsLess_T_61; // @[PMP.scala 62:29]
  wire [31:0] _res_hit_msbsLess_T_63 = _res_hit_msbsLess_T_62 | 32'h3; // @[PMP.scala 62:48]
  wire [31:0] _res_hit_msbsLess_T_64 = ~_res_hit_msbsLess_T_63; // @[PMP.scala 62:27]
  wire  res_hit_msbsLess_10 = (io_addr[31:3]) < (_res_hit_msbsLess_T_64[31:3]); // @[PMP.scala 82:39]
  wire [28:0] _res_hit_msbsEqual_T_76 = (io_addr[31:3]) ^ (_res_hit_msbsLess_T_64[31:3]); // @[PMP.scala 83:41]
  wire  res_hit_msbsEqual_10 = _res_hit_msbsEqual_T_76 == 29'h0; // @[PMP.scala 83:69]
  wire  res_hit_lsbsLess_10 = _res_hit_lsbsLess_T_1 < (_res_hit_msbsLess_T_64[2:0]); // @[PMP.scala 84:53]
  wire  _res_hit_T_78 = res_hit_msbsLess_10 | (res_hit_msbsEqual_10 & res_hit_lsbsLess_10); // @[PMP.scala 85:16]
  wire  _res_hit_T_79 = ~_res_hit_T_78; // @[PMP.scala 90:5]
  wire  res_hit_lsbsLess_11 = (io_addr[2:0]) < (_res_hit_msbsLess_T_52[2:0]); // @[PMP.scala 84:53]
  wire  _res_hit_T_81 = res_hit_msbsLess_8 | (res_hit_msbsEqual_8 & res_hit_lsbsLess_11); // @[PMP.scala 85:16]
  wire  _res_hit_T_82 = _res_hit_T_79 & _res_hit_T_81; // @[PMP.scala 96:48]
  wire  res_hit_5 = io_pmp_2_cfg_a[1] ? _res_hit_T_71 : (io_pmp_2_cfg_a[0]) & _res_hit_T_82; // @[PMP.scala 134:8]
  wire  res_ignore_5 = default_ & (~io_pmp_2_cfg_l); // @[PMP.scala 165:26]
  wire [2:0] _res_aligned_straddlesLowerBound_T_100 = (_res_hit_msbsLess_T_64[2:0]) &
    _res_aligned_straddlesLowerBound_T_14; // @[PMP.scala 125:123]
  wire  res_aligned_straddlesLowerBound_5 = res_hit_msbsEqual_10 & (_res_aligned_straddlesLowerBound_T_100 != 3'h0); // @[PMP.scala 125:88]
  wire [2:0] _res_aligned_straddlesUpperBound_T_100 = (_res_hit_msbsLess_T_52[2:0]) & _res_hit_lsbsLess_T_1; // @[PMP.scala 126:113]
  wire  res_aligned_straddlesUpperBound_5 = res_hit_msbsEqual_8 & (_res_aligned_straddlesUpperBound_T_100 != 3'h0); // @[PMP.scala 126:83]
  wire  res_aligned_rangeAligned_5 = ~(res_aligned_straddlesLowerBound_5 | res_aligned_straddlesUpperBound_5); // @[PMP.scala 127:24]
  wire [2:0] _res_aligned_pow2Aligned_T_16 = ~(io_pmp_2_mask[2:0]); // @[PMP.scala 128:34]
  wire [2:0] _res_aligned_pow2Aligned_T_17 = _res_hit_lsbMask_T_3 & _res_aligned_pow2Aligned_T_16; // @[PMP.scala 128:32]
  wire  res_aligned_pow2Aligned_5 = _res_aligned_pow2Aligned_T_17 == 3'h0; // @[PMP.scala 128:57]
  wire  res_aligned_5 = io_pmp_2_cfg_a[1] ? res_aligned_pow2Aligned_5 : res_aligned_rangeAligned_5; // @[PMP.scala 129:8]
  wire  res_cur_5_cfg_r = res_aligned_5 & (io_pmp_2_cfg_r | res_ignore_5); // @[PMP.scala 183:26]
  wire  res_cur_5_cfg_w = res_aligned_5 & (io_pmp_2_cfg_w | res_ignore_5); // @[PMP.scala 184:26]
  wire  res_cur_5_cfg_x = res_aligned_5 & (io_pmp_2_cfg_x | res_ignore_5); // @[PMP.scala 185:26]
  wire  _res_T_269_cfg_x = res_hit_5 ? res_cur_5_cfg_x : _res_T_224_cfg_x; // @[PMP.scala 186:8]
  wire  _res_T_269_cfg_w = res_hit_5 ? res_cur_5_cfg_w : _res_T_224_cfg_w; // @[PMP.scala 186:8]
  wire  _res_T_269_cfg_r = res_hit_5 ? res_cur_5_cfg_r : _res_T_224_cfg_r; // @[PMP.scala 186:8]
  wire [31:0] res_hit_lsbMask_6 = io_pmp_1_mask | _GEN_0; // @[PMP.scala 70:26]
  wire [28:0] _res_hit_msbMatch_T_68 = ~(io_pmp_1_mask[31:3]); // @[PMP.scala 65:54]
  wire [28:0] _res_hit_msbMatch_T_69 = _res_hit_msbsEqual_T_76 & _res_hit_msbMatch_T_68; // @[PMP.scala 65:52]
  wire  res_hit_msbMatch_6 = _res_hit_msbMatch_T_69 == 29'h0; // @[PMP.scala 65:58]
  wire [2:0] _res_hit_lsbMatch_T_67 = (io_addr[2:0]) ^ (_res_hit_msbsLess_T_64[2:0]); // @[PMP.scala 65:47]
  wire [2:0] _res_hit_lsbMatch_T_68 = ~(res_hit_lsbMask_6[2:0]); // @[PMP.scala 65:54]
  wire [2:0] _res_hit_lsbMatch_T_69 = _res_hit_lsbMatch_T_67 & _res_hit_lsbMatch_T_68; // @[PMP.scala 65:52]
  wire  res_hit_lsbMatch_6 = _res_hit_lsbMatch_T_69 == 3'h0; // @[PMP.scala 65:58]
  wire  _res_hit_T_85 = res_hit_msbMatch_6 & res_hit_lsbMatch_6; // @[PMP.scala 73:16]
  wire [31:0] _res_hit_msbsLess_T_73 = {io_pmp_0_addr, 2'h0}; // @[PMP.scala 62:36]
  wire [31:0] _res_hit_msbsLess_T_74 = ~_res_hit_msbsLess_T_73; // @[PMP.scala 62:29]
  wire [31:0] _res_hit_msbsLess_T_75 = _res_hit_msbsLess_T_74 | 32'h3; // @[PMP.scala 62:48]
  wire [31:0] _res_hit_msbsLess_T_76 = ~_res_hit_msbsLess_T_75; // @[PMP.scala 62:27]
  wire  res_hit_msbsLess_12 = (io_addr[31:3]) < (_res_hit_msbsLess_T_76[31:3]); // @[PMP.scala 82:39]
  wire [28:0] _res_hit_msbsEqual_T_90 = (io_addr[31:3]) ^ (_res_hit_msbsLess_T_76[31:3]); // @[PMP.scala 83:41]
  wire  res_hit_msbsEqual_12 = _res_hit_msbsEqual_T_90 == 29'h0; // @[PMP.scala 83:69]
  wire  res_hit_lsbsLess_12 = _res_hit_lsbsLess_T_1 < (_res_hit_msbsLess_T_76[2:0]); // @[PMP.scala 84:53]
  wire  _res_hit_T_92 = res_hit_msbsLess_12 | (res_hit_msbsEqual_12 & res_hit_lsbsLess_12); // @[PMP.scala 85:16]
  wire  _res_hit_T_93 = ~_res_hit_T_92; // @[PMP.scala 90:5]
  wire  res_hit_lsbsLess_13 = (io_addr[2:0]) < (_res_hit_msbsLess_T_64[2:0]); // @[PMP.scala 84:53]
  wire  _res_hit_T_95 = res_hit_msbsLess_10 | (res_hit_msbsEqual_10 & res_hit_lsbsLess_13); // @[PMP.scala 85:16]
  wire  _res_hit_T_96 = _res_hit_T_93 & _res_hit_T_95; // @[PMP.scala 96:48]
  wire  res_hit_6 = io_pmp_1_cfg_a[1] ? _res_hit_T_85 : (io_pmp_1_cfg_a[0]) & _res_hit_T_96; // @[PMP.scala 134:8]
  wire  res_ignore_6 = default_ & (~io_pmp_1_cfg_l); // @[PMP.scala 165:26]
  wire [2:0] _res_aligned_straddlesLowerBound_T_117 = (_res_hit_msbsLess_T_76[2:0]) &
    _res_aligned_straddlesLowerBound_T_14; // @[PMP.scala 125:123]
  wire  res_aligned_straddlesLowerBound_6 = res_hit_msbsEqual_12 & (_res_aligned_straddlesLowerBound_T_117 != 3'h0); // @[PMP.scala 125:88]
  wire [2:0] _res_aligned_straddlesUpperBound_T_117 = (_res_hit_msbsLess_T_64[2:0]) & _res_hit_lsbsLess_T_1; // @[PMP.scala 126:113]
  wire  res_aligned_straddlesUpperBound_6 = res_hit_msbsEqual_10 & (_res_aligned_straddlesUpperBound_T_117 != 3'h0); // @[PMP.scala 126:83]
  wire  res_aligned_rangeAligned_6 = ~(res_aligned_straddlesLowerBound_6 | res_aligned_straddlesUpperBound_6); // @[PMP.scala 127:24]
  wire [2:0] _res_aligned_pow2Aligned_T_19 = ~(io_pmp_1_mask[2:0]); // @[PMP.scala 128:34]
  wire [2:0] _res_aligned_pow2Aligned_T_20 = _res_hit_lsbMask_T_3 & _res_aligned_pow2Aligned_T_19; // @[PMP.scala 128:32]
  wire  res_aligned_pow2Aligned_6 = _res_aligned_pow2Aligned_T_20 == 3'h0; // @[PMP.scala 128:57]
  wire  res_aligned_6 = io_pmp_1_cfg_a[1] ? res_aligned_pow2Aligned_6 : res_aligned_rangeAligned_6; // @[PMP.scala 129:8]
  wire  res_cur_6_cfg_r = res_aligned_6 & (io_pmp_1_cfg_r | res_ignore_6); // @[PMP.scala 183:26]
  wire  res_cur_6_cfg_w = res_aligned_6 & (io_pmp_1_cfg_w | res_ignore_6); // @[PMP.scala 184:26]
  wire  res_cur_6_cfg_x = res_aligned_6 & (io_pmp_1_cfg_x | res_ignore_6); // @[PMP.scala 185:26]
  wire  _res_T_314_cfg_x = res_hit_6 ? res_cur_6_cfg_x : _res_T_269_cfg_x; // @[PMP.scala 186:8]
  wire  _res_T_314_cfg_w = res_hit_6 ? res_cur_6_cfg_w : _res_T_269_cfg_w; // @[PMP.scala 186:8]
  wire  _res_T_314_cfg_r = res_hit_6 ? res_cur_6_cfg_r : _res_T_269_cfg_r; // @[PMP.scala 186:8]
  wire [31:0] res_hit_lsbMask_7 = io_pmp_0_mask | _GEN_0; // @[PMP.scala 70:26]
  wire [28:0] _res_hit_msbMatch_T_78 = ~(io_pmp_0_mask[31:3]); // @[PMP.scala 65:54]
  wire [28:0] _res_hit_msbMatch_T_79 = _res_hit_msbsEqual_T_90 & _res_hit_msbMatch_T_78; // @[PMP.scala 65:52]
  wire  res_hit_msbMatch_7 = _res_hit_msbMatch_T_79 == 29'h0; // @[PMP.scala 65:58]
  wire [2:0] _res_hit_lsbMatch_T_77 = (io_addr[2:0]) ^ (_res_hit_msbsLess_T_76[2:0]); // @[PMP.scala 65:47]
  wire [2:0] _res_hit_lsbMatch_T_78 = ~(res_hit_lsbMask_7[2:0]); // @[PMP.scala 65:54]
  wire [2:0] _res_hit_lsbMatch_T_79 = _res_hit_lsbMatch_T_77 & _res_hit_lsbMatch_T_78; // @[PMP.scala 65:52]
  wire  res_hit_lsbMatch_7 = _res_hit_lsbMatch_T_79 == 3'h0; // @[PMP.scala 65:58]
  wire  _res_hit_T_99 = res_hit_msbMatch_7 & res_hit_lsbMatch_7; // @[PMP.scala 73:16]
  wire  res_hit_lsbsLess_15 = (io_addr[2:0]) < (_res_hit_msbsLess_T_76[2:0]); // @[PMP.scala 84:53]
  wire  _res_hit_T_109 = res_hit_msbsLess_12 | (res_hit_msbsEqual_12 & res_hit_lsbsLess_15); // @[PMP.scala 85:16]
  wire  res_hit_7 = io_pmp_0_cfg_a[1] ? _res_hit_T_99 : (io_pmp_0_cfg_a[0]) & _res_hit_T_109; // @[PMP.scala 134:8]
  wire  res_ignore_7 = default_ & (~io_pmp_0_cfg_l); // @[PMP.scala 165:26]
  wire [2:0] _res_aligned_straddlesUpperBound_T_134 = (_res_hit_msbsLess_T_76[2:0]) & _res_hit_lsbsLess_T_1; // @[PMP.scala 126:113]
  wire  res_aligned_straddlesUpperBound_7 = res_hit_msbsEqual_12 & (_res_aligned_straddlesUpperBound_T_134 != 3'h0); // @[PMP.scala 126:83]
  wire  res_aligned_rangeAligned_7 = ~res_aligned_straddlesUpperBound_7; // @[PMP.scala 127:24]
  wire [2:0] _res_aligned_pow2Aligned_T_22 = ~(io_pmp_0_mask[2:0]); // @[PMP.scala 128:34]
  wire [2:0] _res_aligned_pow2Aligned_T_23 = _res_hit_lsbMask_T_3 & _res_aligned_pow2Aligned_T_22; // @[PMP.scala 128:32]
  wire  res_aligned_pow2Aligned_7 = _res_aligned_pow2Aligned_T_23 == 3'h0; // @[PMP.scala 128:57]
  wire  res_aligned_7 = io_pmp_0_cfg_a[1] ? res_aligned_pow2Aligned_7 : res_aligned_rangeAligned_7; // @[PMP.scala 129:8]
  wire  res_cur_7_cfg_r = res_aligned_7 & (io_pmp_0_cfg_r | res_ignore_7); // @[PMP.scala 183:26]
  wire  res_cur_7_cfg_w = res_aligned_7 & (io_pmp_0_cfg_w | res_ignore_7); // @[PMP.scala 184:26]
  wire  res_cur_7_cfg_x = res_aligned_7 & (io_pmp_0_cfg_x | res_ignore_7); // @[PMP.scala 185:26]
  assign io_r = res_hit_7 ? res_cur_7_cfg_r : _res_T_314_cfg_r; // @[PMP.scala 186:8]
  assign io_w = res_hit_7 ? res_cur_7_cfg_w : _res_T_314_cfg_w; // @[PMP.scala 186:8]
  assign io_x = res_hit_7 ? res_cur_7_cfg_x : _res_T_314_cfg_x; // @[PMP.scala 186:8]
endmodule